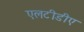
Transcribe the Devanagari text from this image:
एलटीडीए